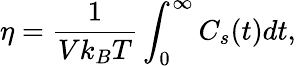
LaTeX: \eta=\frac{1}{Vk_{B}T}\int_{0}^{\infty}C_{s}(t)dt,